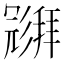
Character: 𱝧